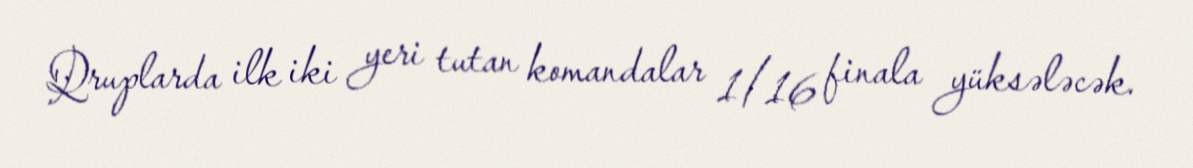
Qruplarda ilk iki yeri tutan komandalar 1/16 finala yüksələcək.